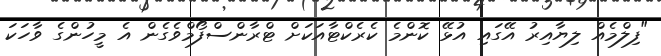
"ފިލްމެއް ލިޔާއިރު އޭގައި އުޅޭ ކޮންމެ ކެރެކްޓާއަކަށް ޓްރާންސްފޯމްވެގެން އެ މީހުންގެ ވާހަކަ